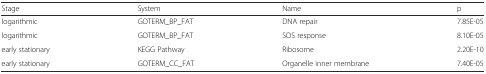
<table><thead><tr><td><b>Stage</b></td><td><b>System</b></td><td><b>Name</b></td><td><b>p</b></td></tr></thead><tbody><tr><td>logarithmic</td><td>GOTERM_BP_FAT</td><td>DNA repair</td><td>7.85E-05</td></tr><tr><td>logarithmic</td><td>GOTERM_BP_FAT</td><td>SOS response</td><td>8.10E-05</td></tr><tr><td>early stationary</td><td>KEGG Pathway</td><td>Ribosome</td><td>2.20E-10</td></tr><tr><td>early stationary</td><td>GOTERM_CC_FAT</td><td>Organelle inner membrane</td><td>7.40E-05</td></tr></tbody></table>